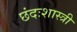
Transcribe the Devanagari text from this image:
छंदःशास्त्री